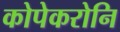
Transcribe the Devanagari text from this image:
कोपेकरोनि